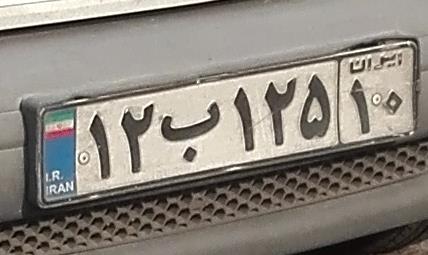
۱۲ب۱۲۵۱۰